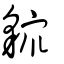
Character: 䝦